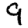
Digit: 9